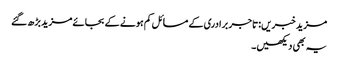
مزید خبریں:تاجر برادری کے مسائل کم ہونے کے بجائے مزید بڑھ گئے
یہ بھی دیکھیں۔